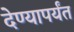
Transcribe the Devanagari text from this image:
देण्यापर्यंत